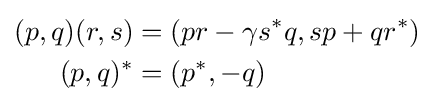
{\begin{aligned}(p,q)(r,s)&=(pr-\gamma s^{*}q,sp+qr^{*})\,\\(p,q)^{*}&=(p^{*},-q)\,\end{aligned}}